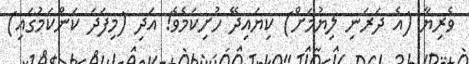
ވެރިޔާ (އެ ދަރަނި ލިޔުމަށް) ކިޔައިދޭ ހުށިކަމެވެ! އަދި (މިފަދަ ކަންކަމުގައި)